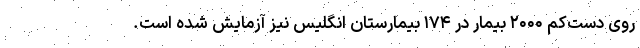
روی دست‌کم ۲۰۰۰ بیمار در ۱۷۴ بیمارستان انگلیس نیز آزمایش شده است.